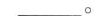
___。